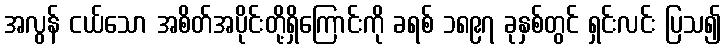
အလွန် ငယ်သော အစိတ်အပိုင်းတို့ရှိကြောင်းကို ခရစ် ၁၈၉၇ ခုနှစ်တွင် ရှင်းလင်း ပြသ၍